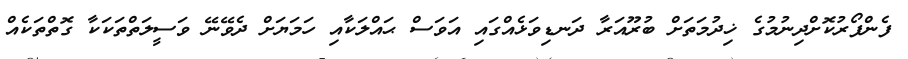
ފެންފޯރުކޮށްދިނުމުގެ ޚިދުމަތަށް ބުރޫއަރާ ދަނޑިވަޅެއްގައި އަވަސް ޙައްލަކާއި ހަމަޔަށް ދެވޭނޭ ވަސީލަތްތަކަކާ ގޮތްތަކެއް